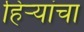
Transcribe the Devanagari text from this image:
हिर्‍यांचा